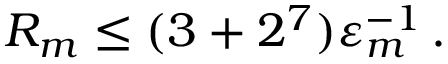
R _ { m } \leq ( 3 + 2 ^ { 7 } ) \varepsilon _ { m } ^ { - 1 } \, .